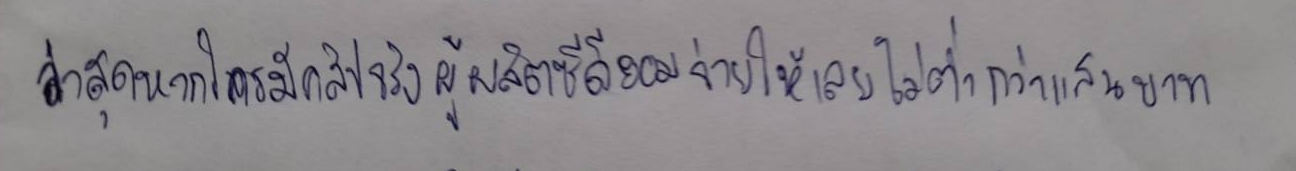
ล่าสุดหากใครมีคลิปจริงผู้ผลิตซีดียอมจ่ายให้เลยไม่ต่ำกว่าแสนบาท